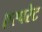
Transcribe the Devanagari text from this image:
एस्परेट